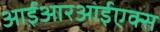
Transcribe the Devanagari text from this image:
आईआरआईएक्स